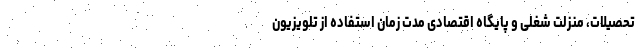
تحصیلات، منزلت شغلی و پایگاه اقتصادی مدت زمان استفاده از تلویزیون